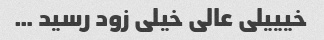
خیییلی عالی خیلی زود رسید …